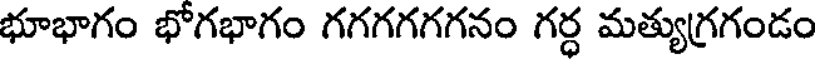
భూభాగం భోగభాగం గగగగగగనం గర్ధ మత్యుగ్రగండం